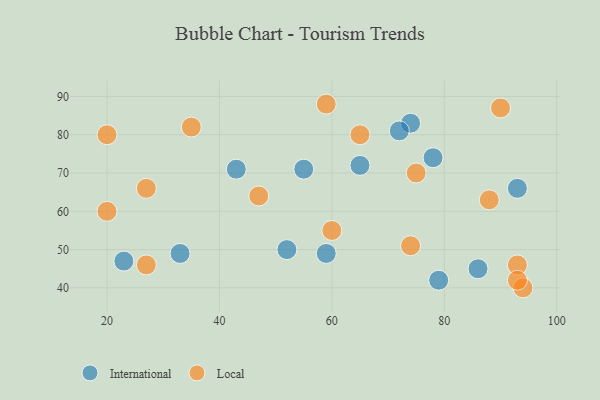
{"axis": {"x": "GDP", "y": "Life Expectancy"}, "legend": ["International", "Local"], "data": [{"x": "33", "y": 49, "type": "International"}, {"x": "23", "y": 47, "type": "International"}, {"x": "52", "y": 50, "type": "International"}, {"x": "65", "y": 72, "type": "International"}, {"x": "78", "y": 74, "type": "International"}, {"x": "43", "y": 71, "type": "International"}, {"x": "79", "y": 42, "type": "International"}, {"x": "93", "y": 66, "type": "International"}, {"x": "86", "y": 45, "type": "International"}, {"x": "74", "y": 83, "type": "International"}, {"x": "59", "y": 49, "type": "International"}, {"x": "55", "y": 71, "type": "International"}, {"x": "72", "y": 81, "type": "International"}, {"x": "27", "y": 46, "type": "Local"}, {"x": "93", "y": 46, "type": "Local"}, {"x": "59", "y": 88, "type": "Local"}, {"x": "35", "y": 82, "type": "Local"}, {"x": "94", "y": 40, "type": "Local"}, {"x": "20", "y": 60, "type": "Local"}, {"x": "74", "y": 51, "type": "Local"}, {"x": "93", "y": 42, "type": "Local"}, {"x": "75", "y": 70, "type": "Local"}, {"x": "47", "y": 64, "type": "Local"}, {"x": "90", "y": 87, "type": "Local"}, {"x": "65", "y": 80, "type": "Local"}, {"x": "27", "y": 66, "type": "Local"}, {"x": "60", "y": 55, "type": "Local"}, {"x": "20", "y": 80, "type": "Local"}, {"x": "88", "y": 63, "type": "Local"}]}